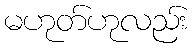
မဟုတ်ဟုလည်း